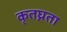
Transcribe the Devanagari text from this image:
कृतघ्नता